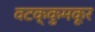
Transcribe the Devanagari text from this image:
वटक्कुमकूर